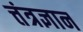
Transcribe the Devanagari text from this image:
त्तंत्रज्ञान